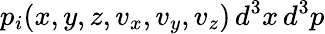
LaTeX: p_{i}(x,y,z,v_{x},v_{y},v_{z})\, d^{3}x\, d^{3}p